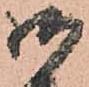
御